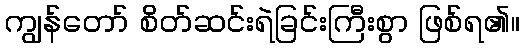
ကျွန်တော် စိတ်ဆင်းရဲခြင်းကြီးစွာ ဖြစ်ရ၏။